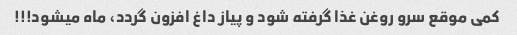
کمی موقع سرو روغن غذا گرفته شود و پیاز داغ افزون گردد، ماه میشود!!!